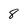
Character: 8